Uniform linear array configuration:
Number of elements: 16
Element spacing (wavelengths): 1
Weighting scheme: binomial
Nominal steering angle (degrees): -60
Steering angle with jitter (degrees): -59.64
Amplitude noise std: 0.05
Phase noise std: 0.05

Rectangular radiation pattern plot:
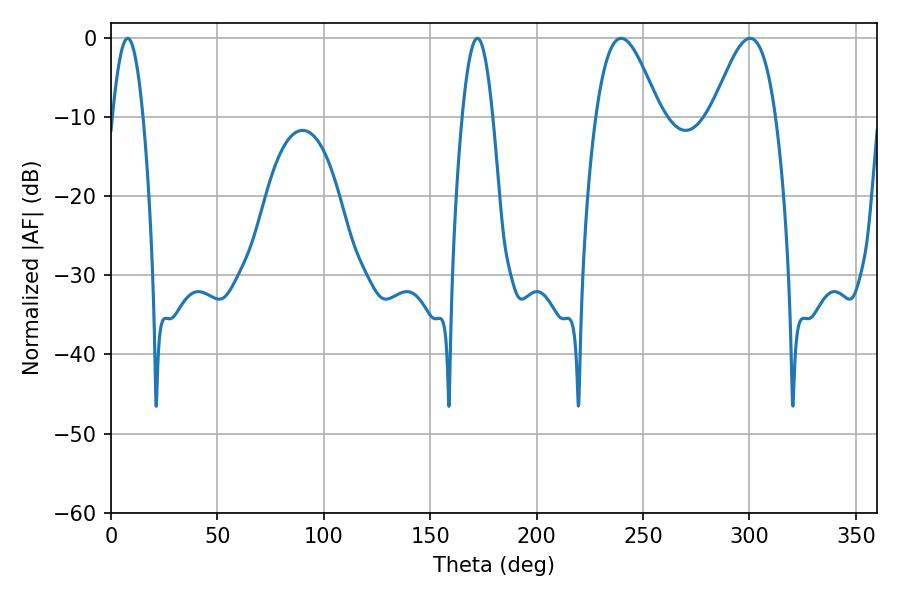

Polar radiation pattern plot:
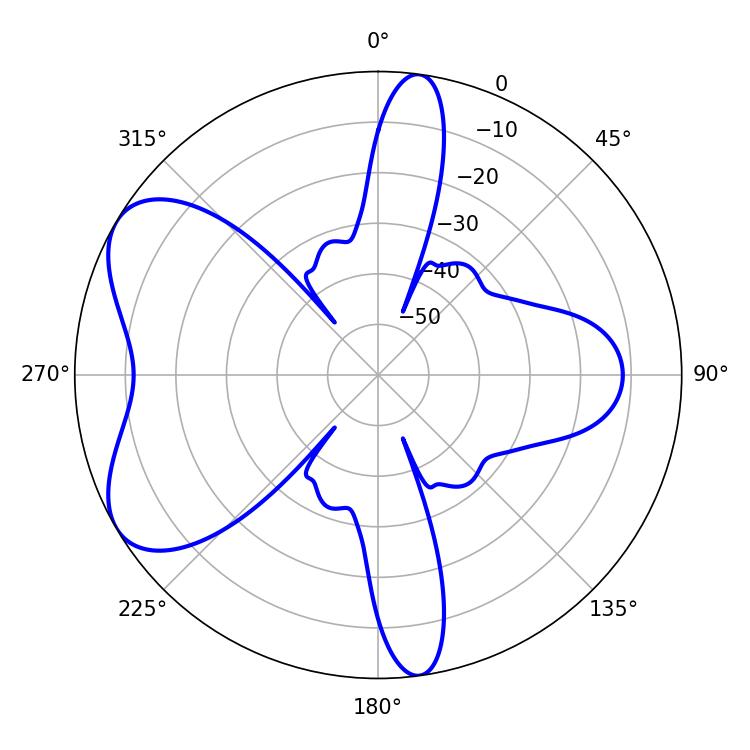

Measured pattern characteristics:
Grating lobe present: TRUE
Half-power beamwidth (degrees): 16.02
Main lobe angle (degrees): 239.76